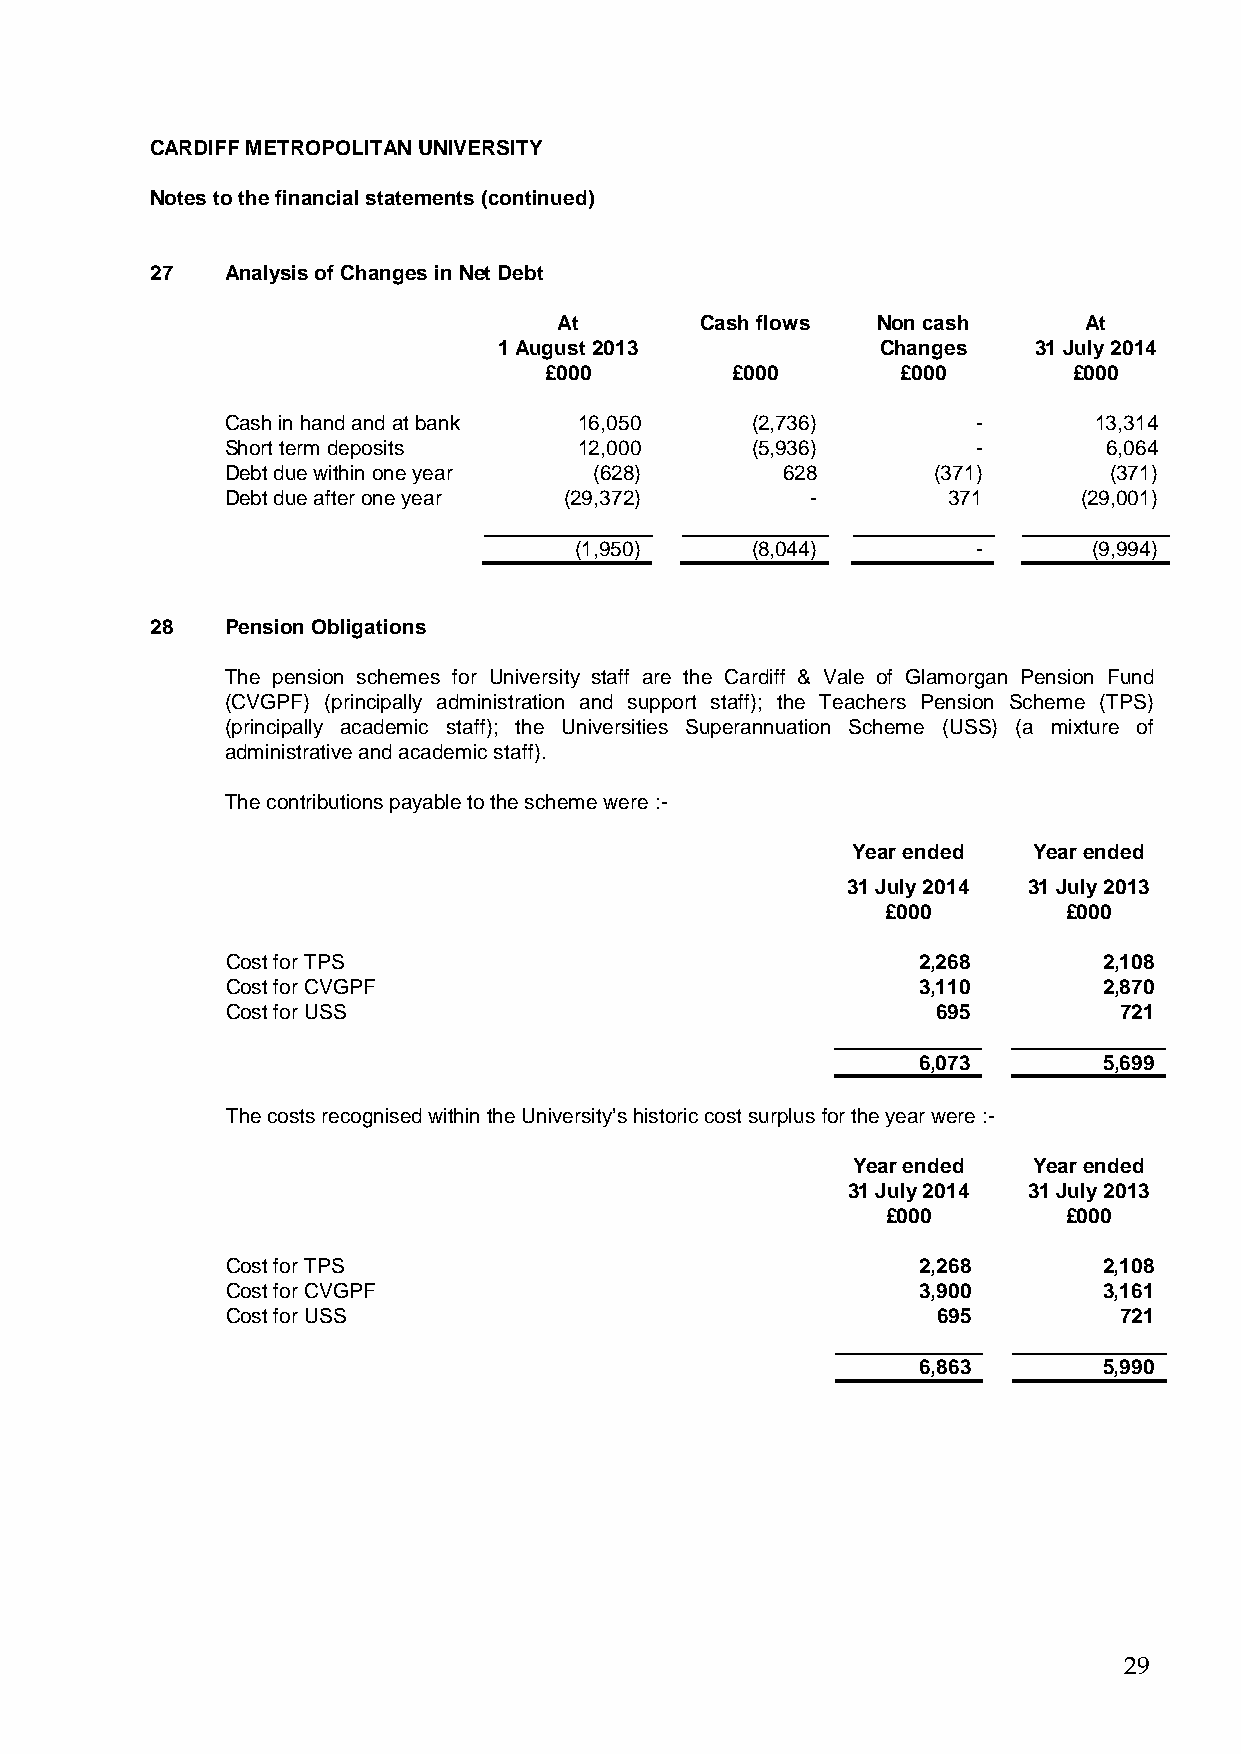
CARDIFF METROPOLITAN UNIVERSITY
 Notes to the financial statements (continued)
 27   Analysis of Changes in Net Debt
 At       Cash flows  Non cash      At
 1 August 2013            Changes   31 July 2014
 £000        £000        £000       £000
 Cash in hand and at bank 16,050    (2,736)        -      13,314
 Short term deposits    12,000      (5,936)        -       6,064
 Debt due within one year (628)       628       (371)      (371)
 Debt due after one year (29,372)       -        371      (29,001)
 (1,950)     (8,044)        -      (9,994)
 28   Pension Obligations
 The pension schemes for University staff are the Cardiff & Vale of Glamorgan Pension Fund
 (CVGPF) (principally administration and support staff); the Teachers Pension Scheme (TPS)
 (principally academic staff); the Universities Superannuation Scheme (USS) (a mixture of
 administrative and academic staff).
 The contributions payable to the scheme were :-
 Year ended  Year ended
 31 July 2014 31 July 2013
 £000        £000
 Cost for TPS                                  2,268       2,108
 Cost for CVGPF                                3,110       2,870
 Cost for USS                                   695         721
 6,073       5,699
 The costs recognised within the University’s historic cost surplus for the year were :-
 Year ended  Year ended
 31 July 2014 31 July 2013
 £000        £000
 Cost for TPS                                  2,268       2,108
 Cost for CVGPF                                3,900       3,161
 Cost for USS                                   695         721
 6,863       5,990
 29